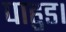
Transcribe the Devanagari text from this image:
पाहुड।